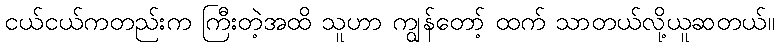
ငယ်ငယ်ကတည်းက ကြီးတဲ့အထိ သူဟာ ကျွန်တော့် ထက် သာတယ်လို့ယူဆတယ်။